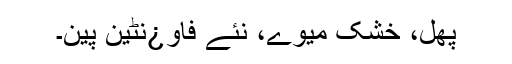
پھل، خشک میوے، نئے فاو¿نٹین پین۔